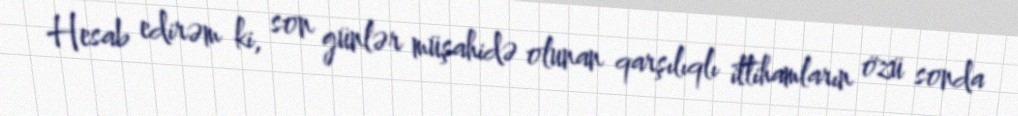
Hesab edirəm ki, son günlər müşahidə olunan qarşılıqlı ittihamların özü sonda